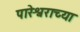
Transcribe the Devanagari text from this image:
पारेश्वराच्या